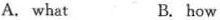
A. what B. how